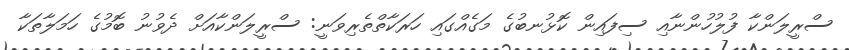
ސްރީލަންކާ ފުލުހުންނާއި ސިފައިން ކޮޅުނބުގެ މަގެއްގައި ހަރަކާތްތެރިވަނީ: ސްރީލަންކާއަށް ދެވުނު ބޮމުގެ ހަމަލާތަކާ